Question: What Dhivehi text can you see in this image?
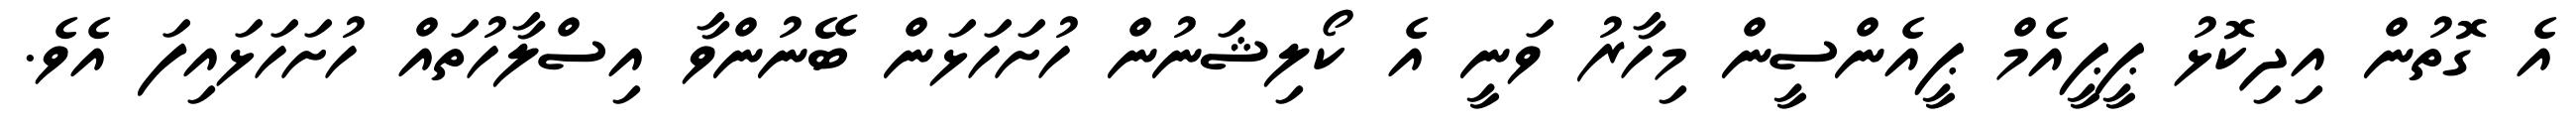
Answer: އެ ގޮތުން އިދިކޮޅު ޕީޕީއެމް ޕީއެންސީން މިހާރު ވަނީ އެ ކޯލިޝަނުން ހުށަހަޅަން ބޭނުންވާ އިސްލާހުތައް ހުށަހަޅައިފަ އެވެ.